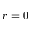
r = 0